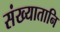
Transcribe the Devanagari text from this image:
संख्यातानि